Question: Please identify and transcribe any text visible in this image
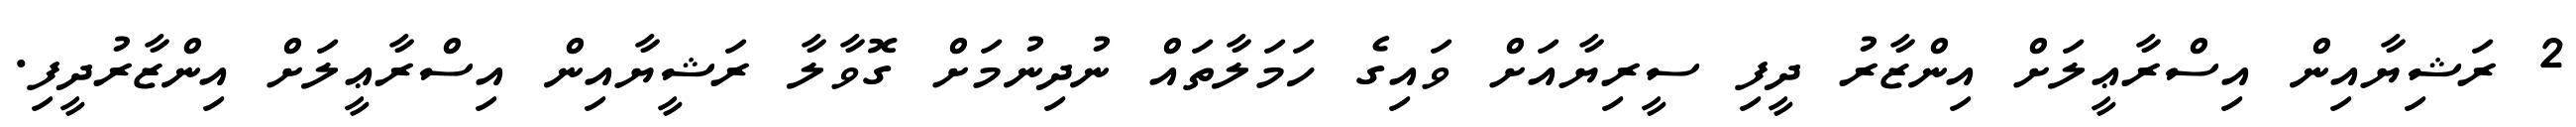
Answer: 2 ރަޝިޔާއިން އިސްރާޢީލަށް އިންޒާރު ދީފި ސީރިޔާއަށް ވައިގެ ހަމަލާތައް ނުދިނުމަށް ގޮވާލާ ރަޝީޔާއިން އިސްރާޢީލަށް އިންޒާރުދީފި.